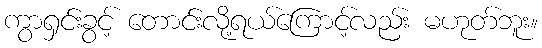
ကွာရှင်းခွင့် တောင်းလို့ရယ်ကြောင့်လည်း မဟုတ်ဘူး။